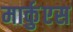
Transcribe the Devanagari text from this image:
मार्कुएस